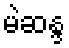
မဲဆန္ဒ